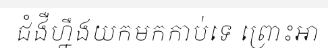
ជំងឺហ្នឹងយកមកកាប់ទេ ព្រោះអា